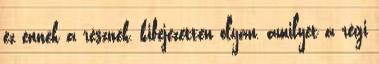
ez ennek a résznek, kifejezetten olyan, amilyet a régi